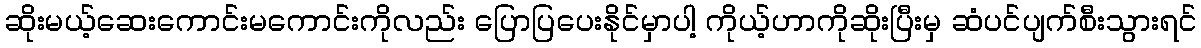
ဆိုးမယ့်ဆေးကောင်းမကောင်းကိုလည်း ပြောပြပေးနိုင်မှာပါ့ ကိုယ့်ဟာကိုဆိုးပြီးမှ ဆံပင်ပျက်စီးသွားရင်